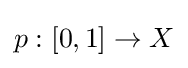
p:[0,1]\to X